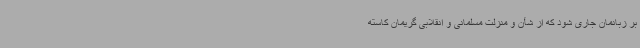
بر زبانمان جاری شود که از شأن و منزلت مسلمانی و انقلابی گریمان کاسته